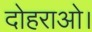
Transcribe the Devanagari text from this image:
दोहराओ।